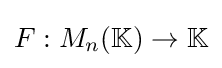
F:M_{n}(\mathbb {K} )\rightarrow \mathbb {K}